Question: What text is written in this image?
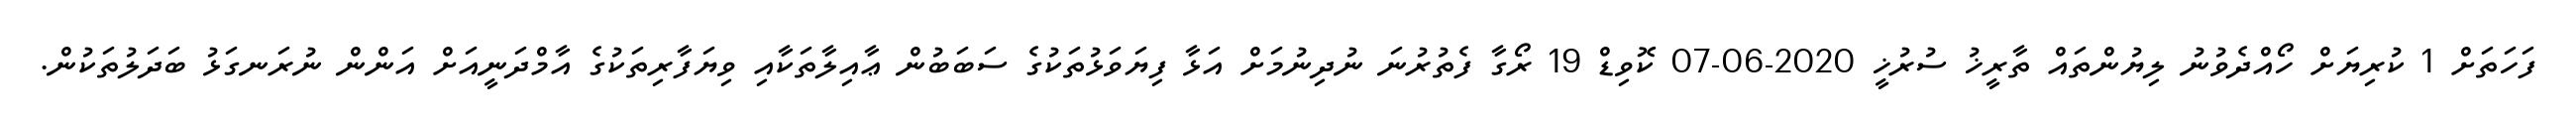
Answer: ފަހަތަށް 1 ކުރިޔަށް ހޯއްދެވުނު ލިޔުންތައް ތާރީޚު ސުރުޚީ 2020-06-07 ކޮވިޑް 19 ރޯގާ ފެތުރުނަ ނުދިނުމަށް އަޅާ ފިޔަވަޅުތަކުގެ ސަބަބުން ޢާއިލާތަކާއި ވިޔަފާރިތަކުގެ އާމްދަނީއަށް އަންން ނުރަނގަޅު ބަދަލުތަކުން.